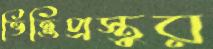
ভিত্তিপ্রস্তুর